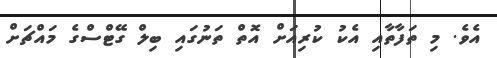
އެވެ. މި ތަފާތާއި އެކު ކުރިއަށް އޮތް ތަނުގައި ބިލް ގޭޓްސްގެ މައްޗަށް